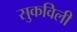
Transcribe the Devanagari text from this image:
सुकविली